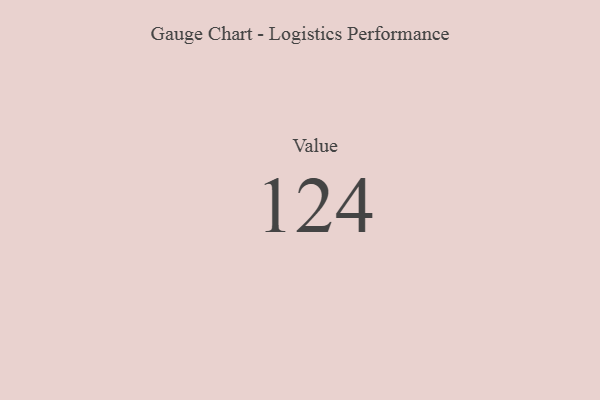
{"axis": {"x": "Metric", "y": "Value"}, "legend": [""], "data": [{"x": "Value", "y": 124, "type": ""}]}